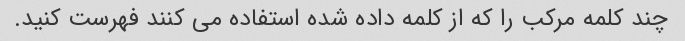
چند کلمه مرکب را که از کلمه داده شده استفاده می کنند فهرست کنید.